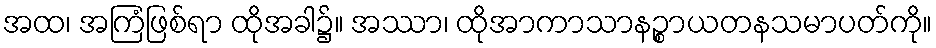
အထ၊ အကြံဖြစ်ရာ ထိုအခါ၌။ အဿာ၊ ထိုအာကာသာနဉ္စာယတနသမာပတ်ကို။